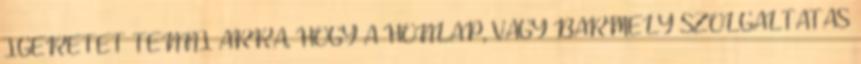
ÍGÉRETET TENNI ARRA, HOGY A HONLAP, VAGY BÁRMELY SZOLGÁLTATÁS